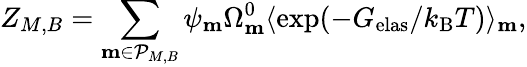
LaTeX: Z_{{M,B}}=\sum_{\mathbf{m}\in\mathcal{P}_{M,B}}\psi_{\mathbf{m}}\Omega_{\mathbf{m}}^{0}\langle\exp(-G_{\mathrm{elas}}/k_{\mathrm{B}}T)\rangle_{\mathbf{m}},